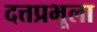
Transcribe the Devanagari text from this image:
दत्तप्रभूला